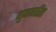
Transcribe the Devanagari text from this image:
गुणकारिता